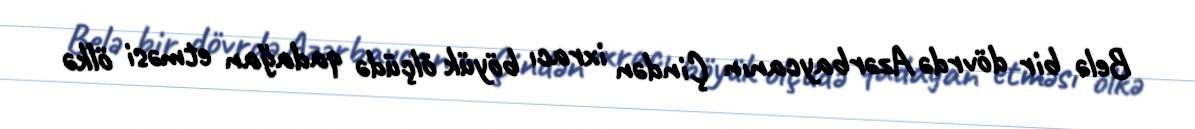
Belə bir dövrdə Azərbaycanın Çindən ixracı böyük ölçüdə qadağan etməsi ölkə